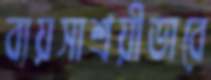
ব্যয়সাশ্রয়ীভাবে